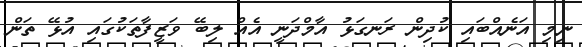
ނިމި އަނެއްބައި ކުދިން ރަނގަޅު އާމްދަނީ އެއް ލިބޭ ވަޒީފާތަކުގައި އުޅޭ ތަން